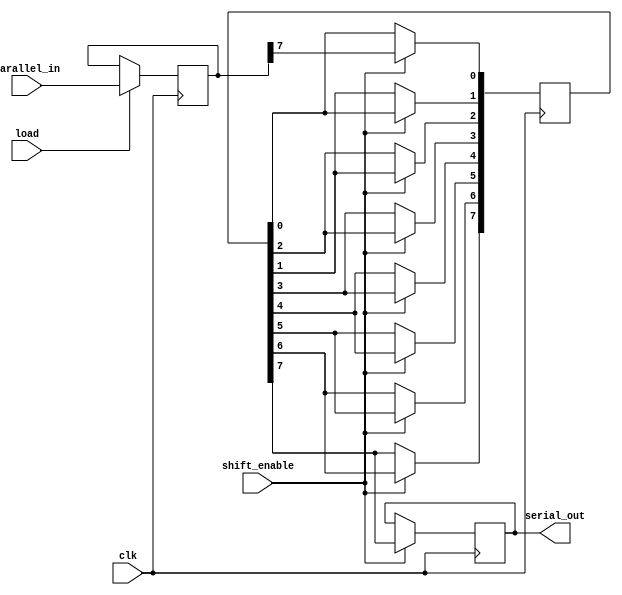
module TwoStagePISO #(
    parameter DATA_WIDTH = 8 // Define the width of the input data
)(
    input wire clk,           // Clock signal
    input wire load,          // Load signal
    input wire shift_enable,   // Shift enable signal
    input wire [DATA_WIDTH-1:0] parallel_in, // Parallel input data
    output reg serial_out      // Serial output
);

    // Internal signals
    reg [DATA_WIDTH-1:0] parallel_reg; // Register for parallel input stage
    reg [DATA_WIDTH-1:0] shift_reg;     // Register for shift register stage
    integer i;                           // Loop variable

    // Parallel Input Stage
    always @(posedge clk) begin
        if (load) begin
            parallel_reg <= parallel_in; // Load parallel data into the register
        end
    end

    // Shift Register Stage
    always @(posedge clk) begin
        if (shift_enable) begin
            // Shift data to the right
            for (i = DATA_WIDTH-1; i > 0; i = i - 1) begin
                shift_reg[i] <= shift_reg[i-1]; // Shift right
            end
            shift_reg[0] <= parallel_reg[DATA_WIDTH-1]; // Load MSB into shift register
            serial_out <= shift_reg[DATA_WIDTH-1]; // Output MSB
        end
    end

    // Initialization
    initial begin
        parallel_reg = 0;
        shift_reg = 0;
        serial_out = 0;
    end

endmodule